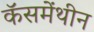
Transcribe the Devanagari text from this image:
कॅसमेंथीन